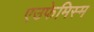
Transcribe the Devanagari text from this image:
एउफेमिस्म